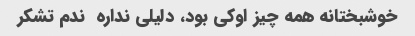
خوشبختانه همه چیز اوکی بود، دلیلی نداره  ندم تشکر